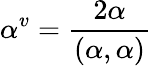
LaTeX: \alpha^{v}={\frac{2\alpha}{(\alpha,\alpha)}}